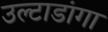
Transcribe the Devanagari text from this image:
उल्टाडांगा